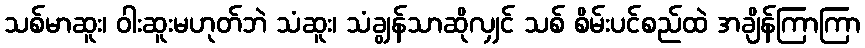
သစ်မာဆူး၊ ဝါးဆူးမဟုတ်ဘဲ သံဆူး၊ သံချွန်သာဆိုလျှင် သစ် စိမ်းပင်စည်ထဲ အချိန်ကြာကြာ